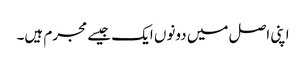
اپنی اصل میں دونوں ایک جیسے مجرم ہیں۔